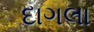
દાગલા